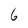
Character: 6